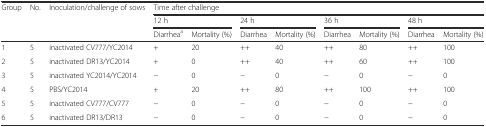
| <ROWSPAN=3> Group | <ROWSPAN=3> No. | <ROWSPAN=3> Inoculation/challenge of sows | <COLSPAN=8> Time after challenge |
 | <COLSPAN=2> 12 h | <COLSPAN=2> 24 h | <COLSPAN=2> 36 h | <COLSPAN=2> 48 h |
 | Diarrheaa | Mortality (%) | Diarrhea | Mortality (%) | Diarrhea | Mortality (%) | Diarrhea | Mortality (%) |
 | --- | --- | --- | --- | --- | --- | --- | --- | --- | --- | --- |
 | 1 | 5 | inactivated CV777/YC2014 | + | 20 | ++ | 40 | ++ | 80 | ++ | 100 |
 | 2 | 5 | inactivated DR13/YC2014 | + | 0 | ++ | 40 | ++ | 60 | ++ | 100 |
 | 3 | 5 | inactivated YC2014/YC2014 | − | 0 | − | 0 | − | 0 | − | 0 |
 | 4 | 5 | PBS/YC2014 | + | 20 | ++ | 80 | ++ | 100 | ++ | 100 |
 | 5 | 5 | inactivated CV777/CV777 | − | 0 | − | 0 | − | 0 | − | 0 |
 | 6 | 5 | inactivated DR13/DR13 | − | 0 | − | 0 | − | 0 | − | 0 |